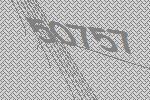
50757